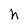
Character: h